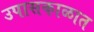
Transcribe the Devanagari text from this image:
उपासकाळात